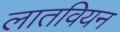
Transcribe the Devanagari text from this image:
लातवियन